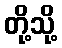
တို့သို့